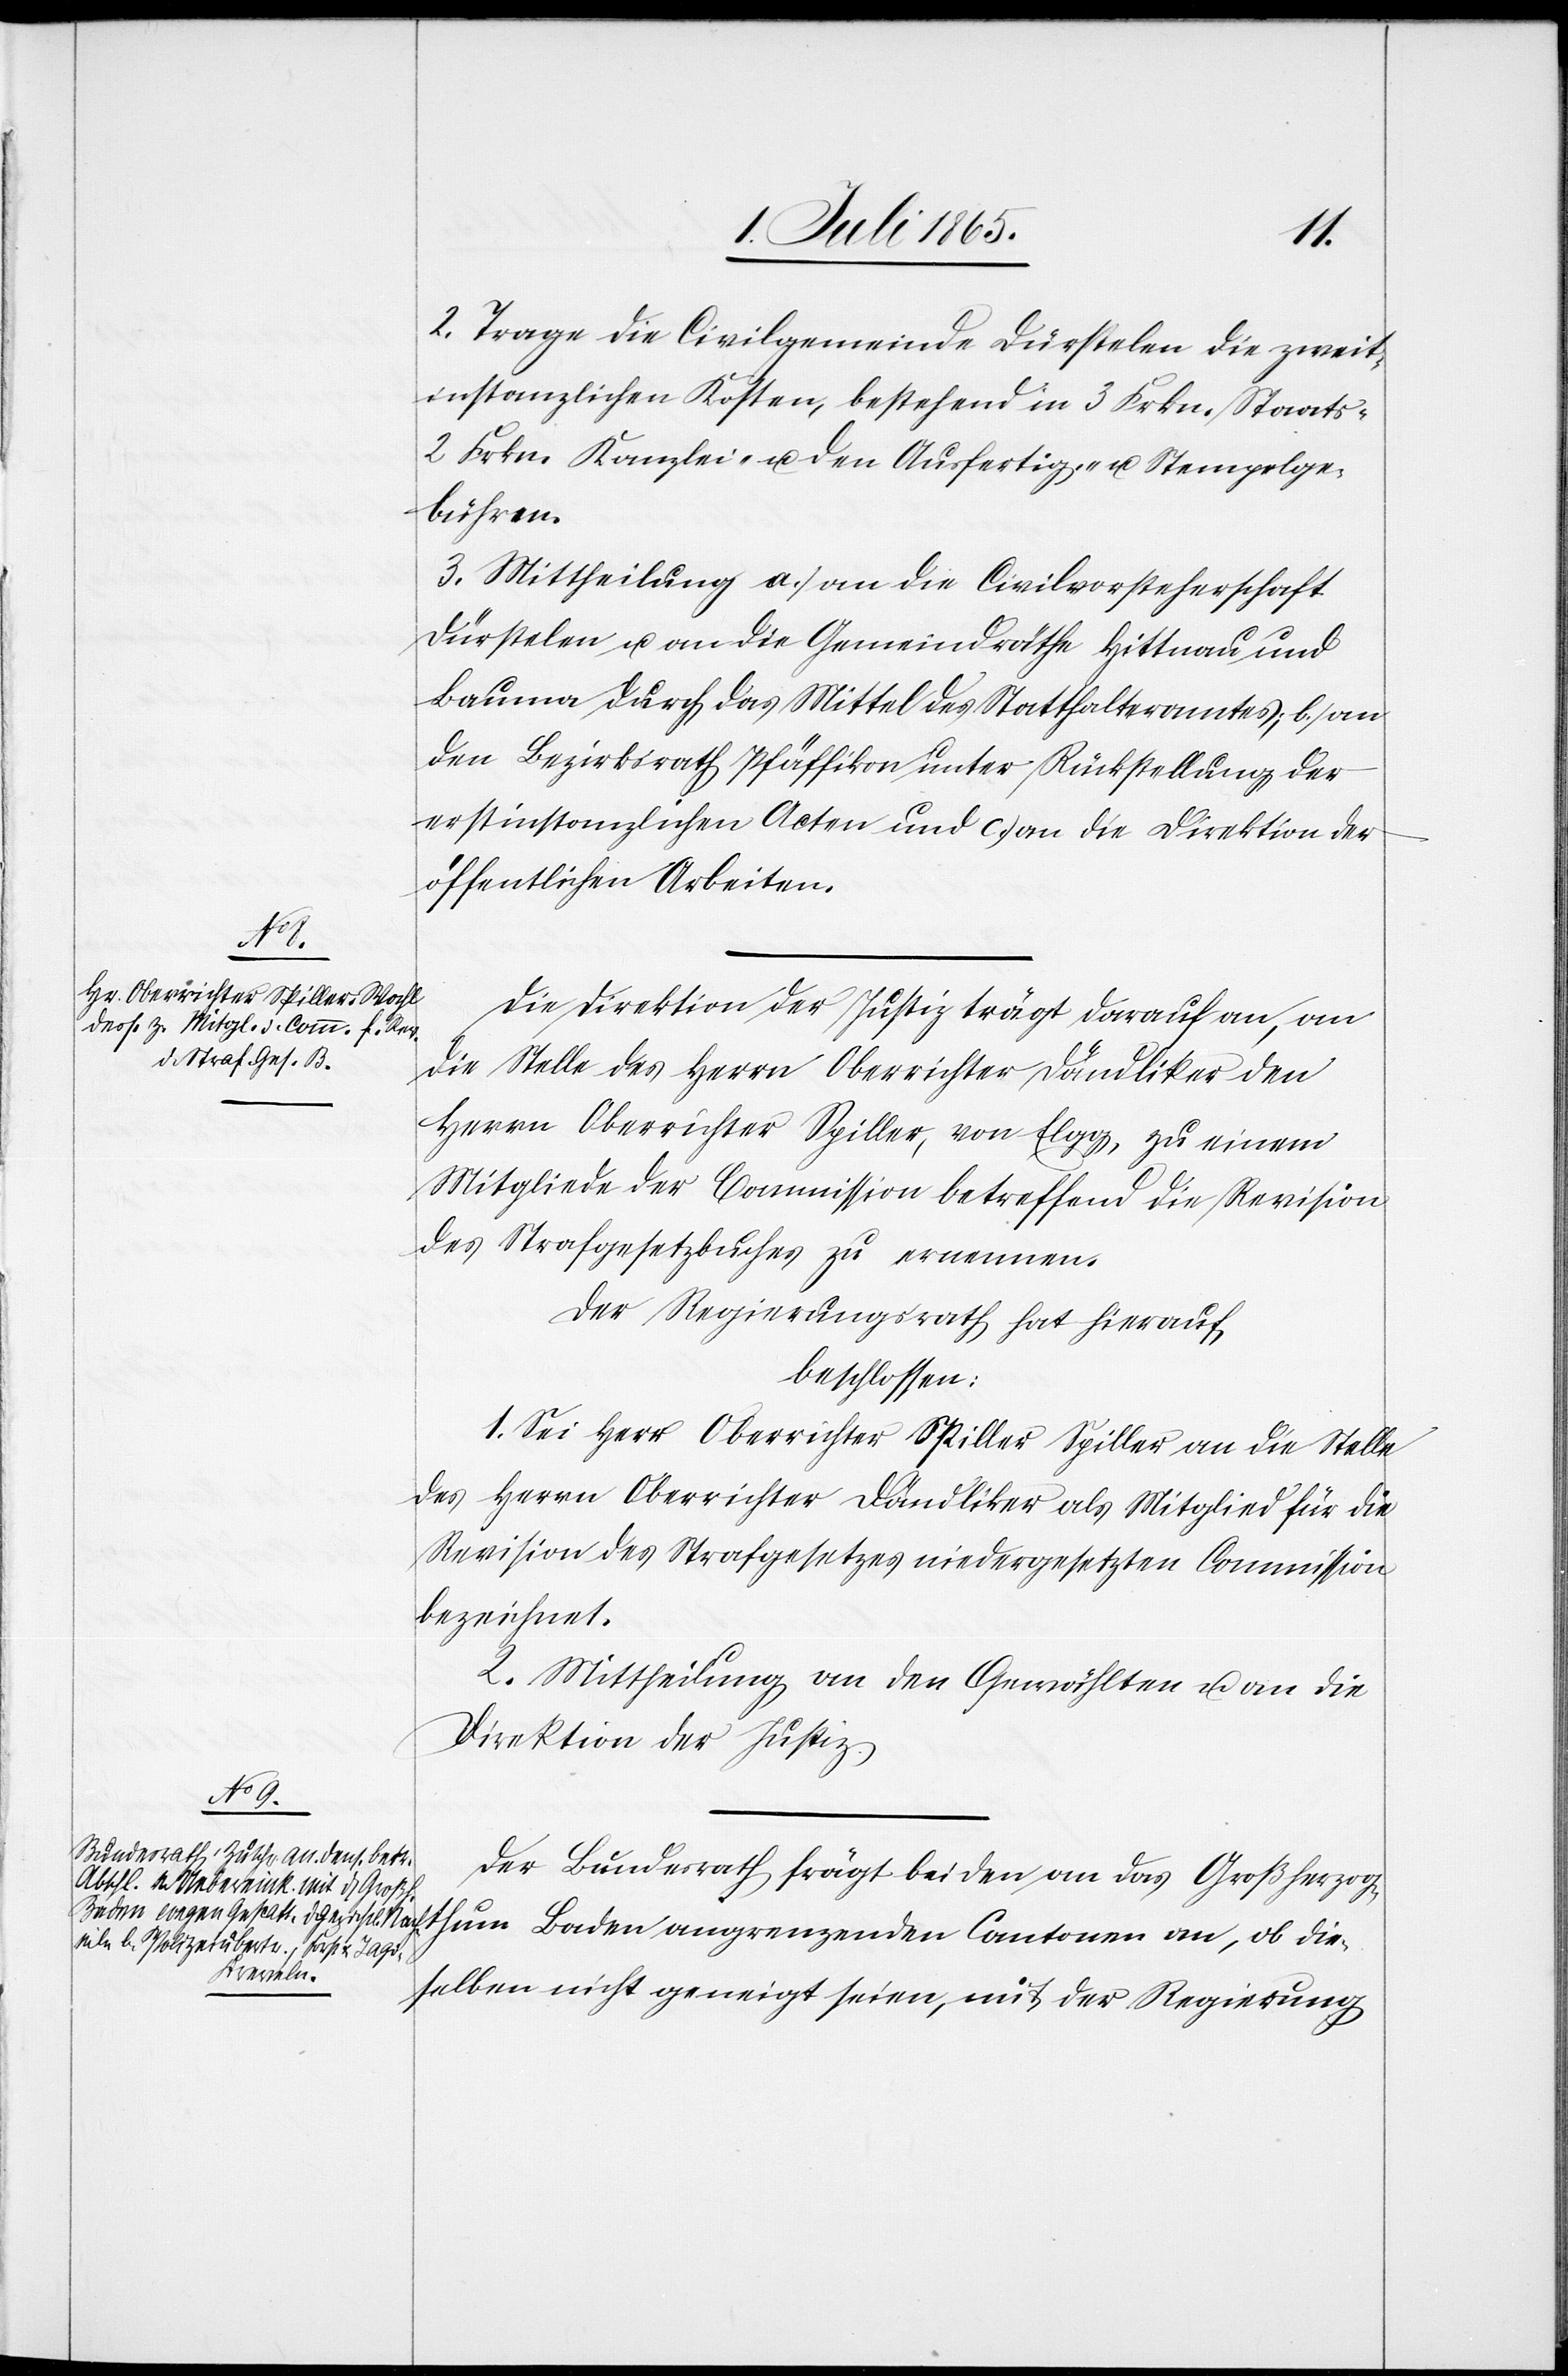
2. Trage die Civilgmeinde Dürstelen die zweit¬
instanzlichen Kosten, bestehend in 3 Frkn. Staats-[,]
2 Frkn. Kanzlei- u. den Ausfertig.- u. Stempelge¬
bühren.
3. Mittheilung a. an die Civilvorsteherschaft
Dürstelen u. an die Gemeindräthe Hittnau und
Bauma durch das Mittel des Statthalteramtes; b. an
den Bezirksrath Pfäffikon unter Rückstellung der
erstinstanzlichen Acten und c. an die Direktion der
öffentlichen Arbeiten.
Die Direktion der Justiz trägt darauf an, an
die Stelle des Herrn Oberrichter Dändliker den
Herrn Oberrichter Spiller, von Elgg, zu einem
Mitgliede der Commission betreffend die Revision
des Strafgesetzbuches zu ernennen.
Der Regierungsrath hat hierauf,
beschlossen:
1. Sei Herr Oberrichter Spiller Spiller [sic!] an die Stelle
des Herrn Oberrichter Dändliker als Mitglied [der] für die
Revision des Strafgesetzes niedergesetzten Commission
bezeichnet.
2. Mittheilung an den Gewählten u. an die
Direktion der Justiz.
Der Bundesrath frägt bei den an das Großherzog¬
thum Baden angrenzenden Cantonen an, ob die¬
selben nicht geneigt seien, mit der Regierung